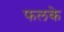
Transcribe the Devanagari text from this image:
फलके